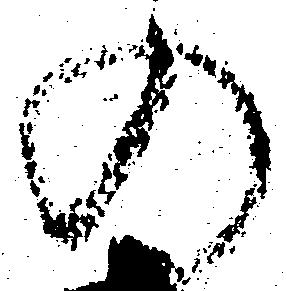
の